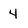
Character: 4